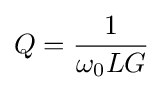
Q={1 \over \omega _{0}LG}